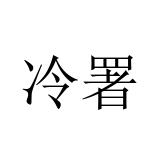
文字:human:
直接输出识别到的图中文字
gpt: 冷署